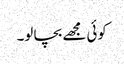
کوئی مجھے بچا لو۔